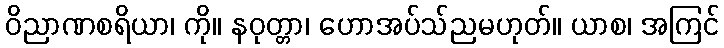
ဝိညာဏစရိယာ၊ ကို။ နဝုတ္တာ၊ ဟောအပ်သ်ညမဟုတ်။ ယာစ၊ အကြင်